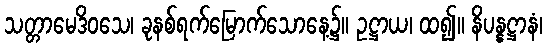
သတ္တာမေဒိဝသေ၊ ခုနစ်ရက်မြောက်သောနေ့၌။ ဥဋ္ဌာယ၊ ထ၍။ နိပန္နဋ္ဌာနံ၊